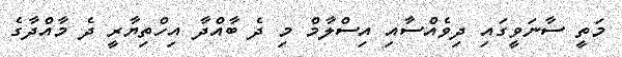
މަތީ ސާނަވީގައި ދިވެއްސާއި އިސްލާމް މި ދެ ބާއްދާ އިހްތިޔާރީ ދެ މާއްދާގެ